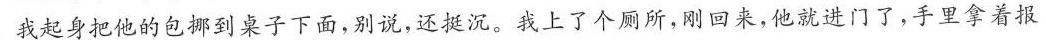
我起身把他的包挪到桌子下面，别说，还挺沉。我上了个厕所，刚回来，他就进门了，手里拿着报